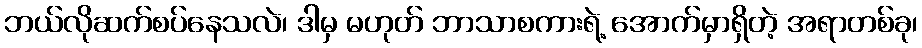
ဘယ်လိုဆက်စပ်နေသလဲ၊ ဒါမှ မဟုတ် ဘာသာစကားရဲ့ အောက်မှာရှိတဲ့ အရာတစ်ခု၊